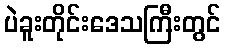
ပဲခူးတိုင်းဒေသကြီးတွင်